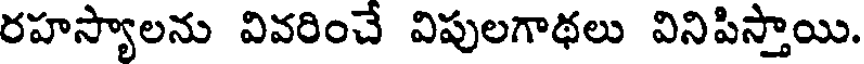
రహస్యాలను వివరించే విపులగాథలు వినిపిస్తాయి.